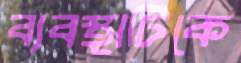
ব্যবস্থাটিকে